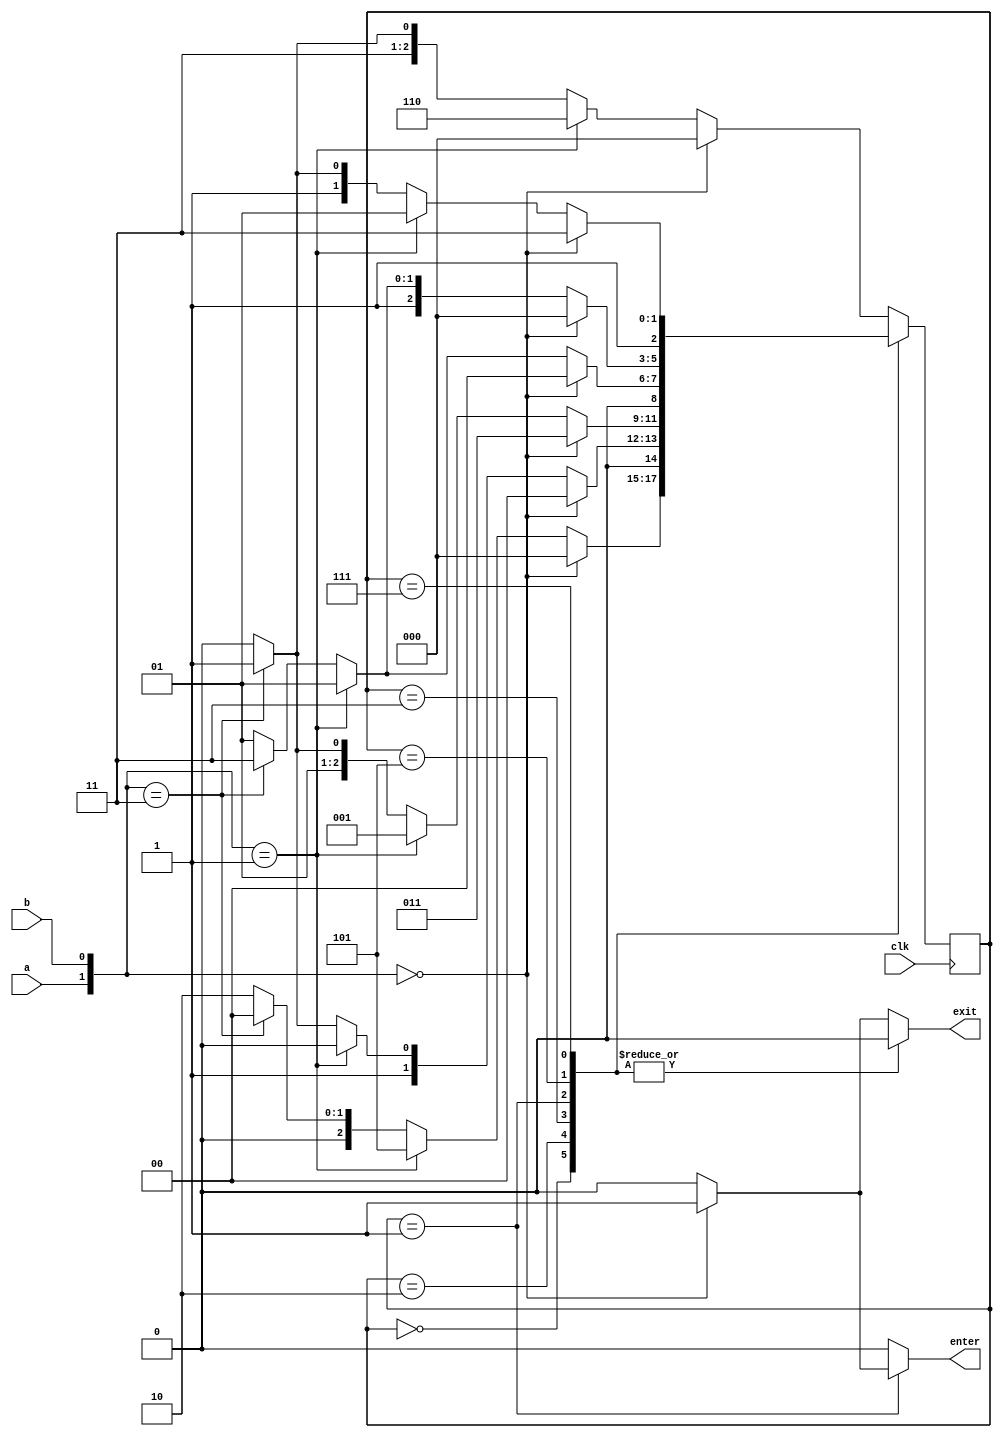
`timescale 1ns / 1ps
//////////////////////////////////////////////////////////////////////////////////
// Company: 
// Engineer: 
// 
// Design Name: 
// Module Name:    FSM 
// Project Name: 
// Target Devices: 
// Tool versions: 
// Description: 
//
// Dependencies: 
//
// Revision: 
// Revision 0.01 - File Created
// Additional Comments: 
//
//////////////////////////////////////////////////////////////////////////////////
module FSM(a,b,clk,enter,exit);

	input a,b,clk;
	output reg enter,exit;
	reg [2:0] last_state=3'b000,next_state;
	parameter [2:0] A=3'b000,B=3'b010,C=3'b011,D=3'b001,E=3'b101,F=3'b111,G=3'b110;
	always@(a,b,last_state)
	begin
		case(last_state)
			A:if({a,b}==2'b00)
				begin
					next_state=A;
					{enter,exit} = 2'b00;
				end
				else if({a,b}==2'b01)
				begin
					next_state = E;
					{enter,exit} = 2'b00;
				end
				else if({a,b}==2'b11)
				begin
					next_state = A;
					{enter,exit} = 2'b00;
				end
				else
				begin
					next_state = B;
					{enter,exit} = 2'b00;
				end
			B:if({a,b}==2'b00)
				begin
					next_state=A;
					{enter,exit} = 2'b00;
				end
				else if({a,b}==2'b01)
				begin
					next_state = B;
					{enter,exit} = 2'b00;
				end
				else if({a,b}==2'b11)
				begin
					next_state = C;
					{enter,exit} = 2'b00;
				end
				else
				begin
					next_state = B;
					{enter,exit} = 2'b00;
				end
			C:if({a,b}==2'b00)
				begin
					next_state=C;
					{enter,exit} = 2'b00;
				end
				else if({a,b}==2'b01)
				begin
					next_state = D;
					{enter,exit} = 2'b00;
				end
				else if({a,b}==2'b11)
				begin
					next_state = C;
					{enter,exit} = 2'b00;
				end
				else
				begin
					next_state = B;
					{enter,exit} = 2'b00;
				end
			D:if({a,b}==2'b00)
				begin
					next_state=A;
					{enter,exit} = 2'b10;
				end
				else if({a,b}==2'b01)
				begin
					next_state = D;
					{enter,exit} = 2'b00;
				end
				else if({a,b}==2'b11)
				begin
					next_state = C;
					{enter,exit} = 2'b00;
				end
				else
				begin
					next_state = D;
					{enter,exit} = 2'b00;
				end
			E:if({a,b}==2'b00)
				begin
					next_state=A;
					{enter,exit} = 2'b00;
				end
				else if({a,b}==2'b01)
				begin
					next_state = E;
					{enter,exit} = 2'b00;
				end
				else if({a,b}==2'b11)
				begin
					next_state = F;
					{enter,exit} = 2'b00;
				end
				else
				begin
					next_state = E;
					{enter,exit} = 2'b00;
				end
			F:if({a,b}==2'b00)
				begin
					next_state=F;
					{enter,exit} = 2'b00;
				end
				else if({a,b}==2'b01)
				begin
					next_state = E;
					{enter,exit} = 2'b00;
				end
				else if({a,b}==2'b11)
				begin
					next_state = F;
					{enter,exit} = 2'b00;
				end
				else
				begin
					next_state = G;
					{enter,exit} = 2'b00;
				end
			default:if({a,b}==2'b00)
				begin
					next_state=A;
					{enter,exit} = 2'b01;
				end
				else if({a,b}==2'b01)
				begin
					next_state = G;
					{enter,exit} = 2'b00;
				end
				else if({a,b}==2'b11)
				begin
					next_state = F;
					{enter,exit} = 2'b00;
				end
				else
				begin
					next_state = G;
					{enter,exit} = 2'b00;
				end
		endcase
	end
	
	always@(posedge clk)
		last_state <= next_state;

endmodule